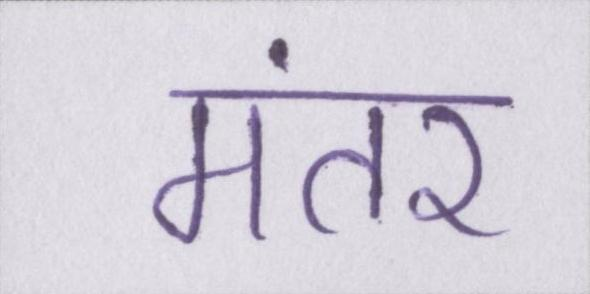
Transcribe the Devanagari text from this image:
मंतर